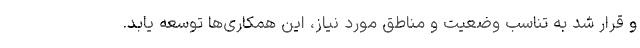
و قرار شد به تناسب وضعیت و مناطق مورد نیاز، این همکاری‌ها توسعه یابد.